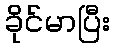
ခိုင်မာပြီး